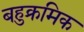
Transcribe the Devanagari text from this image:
बहुक्रमिक